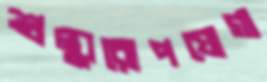
শুল্কারোপযোগ্য